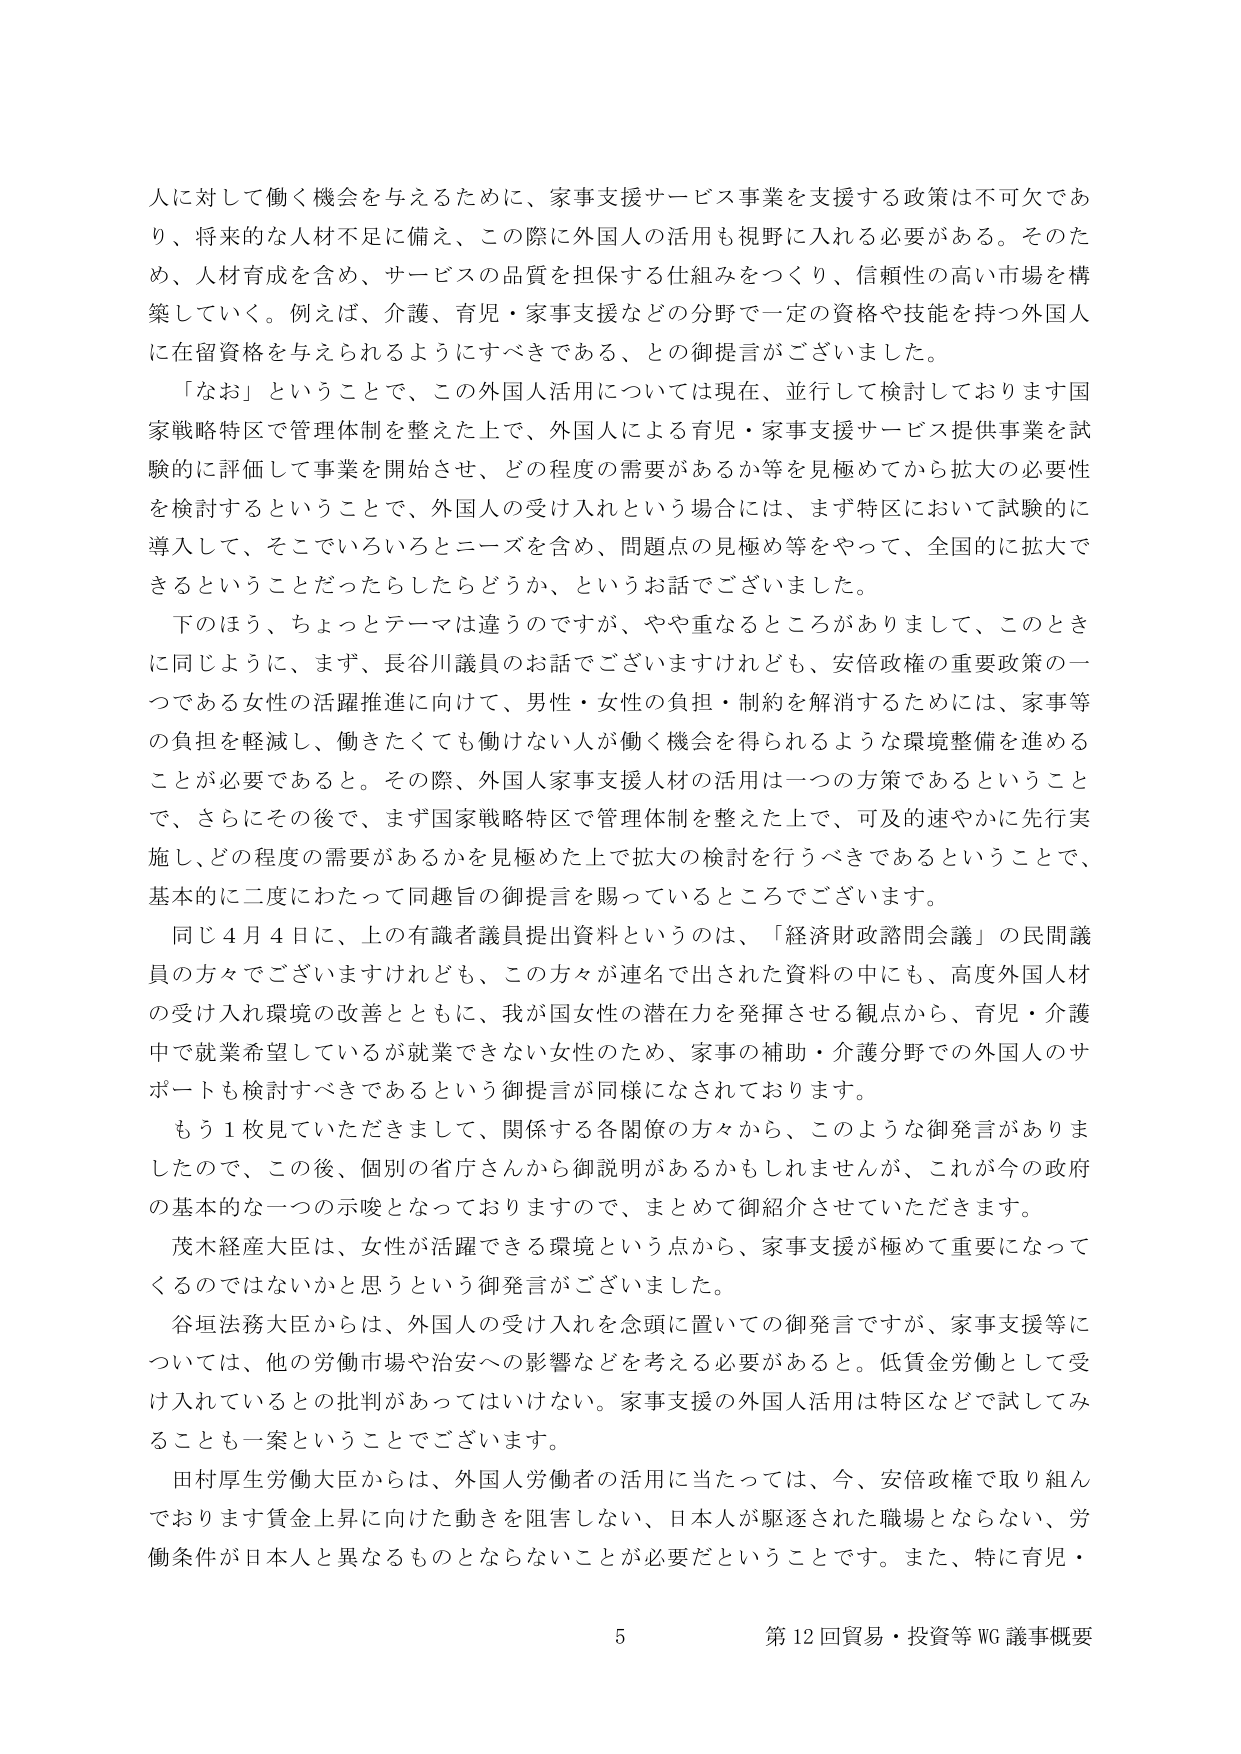
人に対して働く機会を与えるために、家事支援サービス事業を支援する政策は不可欠であり、将来的な人材不足に備え、この際に外国人の活用も視野に入れる必要がある。そのため、人材育成を含め、サービスの品質を担保する仕組みをつくり、信頼性の高い市場を構築していく。例えば、介護、育児・家事支援などの分野で一定の資格や技能を持つ外国人に在留資格を与えられるようにすべきである、との御提言がございました。

「なお」ということで、この外国人活用については現在、並行して検討しております国家戦略特区で管理体制を整えた上で、外国人による育児・家事支援サービス提供事業を試験的に評価して事業を開始させ、どの程度の需要があるか等を見極めてから拡大の必要性を検討するということで、外国人の受け入れという場合には、まず特区において試験的に導入して、そこでいろいろとニーズを含め、問題点の見極め等をやって、全国的に拡大できるということだったらしたらどうか、というお話でございました。

下のほう、ちょっとテーマは違うのですが、やや重なるところがありまして、このときに同じように、まず、長谷川議員のお話でございますけれども、安倍政権の重要政策の一つである女性の活躍推進に向けて、男性・女性の負担・制約を解消するためには、家事等の負担を軽減し、働きたくても働けない人が働く機会を得られるような環境整備を進めることが必要であると。その際、外国人家事支援人材の活用は一つの方策であるということで、さらにその後で、まず国家戦略特区で管理体制を整えた上で、可及的速やかに先行実施し、どの程度の需要があるかを見極めた上で拡大の検討を行うべきであるということで、基本的に二度にわたって同趣旨の御提言を賜っているところでございます。

同じ４月４日に、上の有識者議員提出資料というのは、「経済財政諮問会議」の民間議員の方々でございますけれども、この方々が連名で出された資料の中にも、高度外国人材の受け入れ環境の改善とともに、我が国女性の潜在力を発揮させる観点から、育児・介護中で就業希望しているが就業できない女性のため、家事の補助・介護分野での外国人のサポートも検討すべきであるという御提言が同様になされております。

もう１枚見ていただきまして、関係する各閣僚の方々から、このような御発言がありましたので、この後、個別の省庁さんから御説明があるかもしれませんが、これが今の政府の基本的な一つの示唆となっておりますので、まとめて御紹介させていただきます。

茂木経産大臣は、女性が活躍できる環境という点から、家事支援が極めて重要になってくるのではないかと思うという御発言がございました。

谷垣法務大臣からは、外国人の受け入れを念頭に置いての御発言ですが、家事支援等については、他の労働市場や治安への影響などを考える必要があると。低賃金労働として受け入れているとの批判があってはいけない。家事支援の外国人活用は特区などで試してみることも一案ということでございます。

田村厚生労働大臣からは、外国人労働者の活用に当たっては、今、安倍政権で取り組んでおります賃金上昇に向けた動きを阻害しない、日本人が駆逐された職場とならない、労働条件が日本人と異なるものとならないことが必要だということです。また、特に育児・

5 第12回貿易・投資等WG議事概要